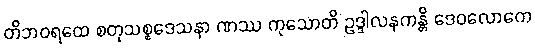
တိဘဝရထေ စတုသစ္စဒေသနာ ဏဿ ကုသောတိ ဥဒ္ဒါလနကန္တိ ဒေဝလောကေ